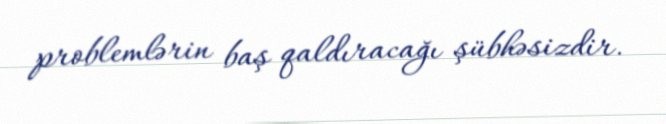
problemlərin baş qaldıracağı şübhəsizdir.